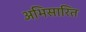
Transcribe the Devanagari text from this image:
अभिसारित